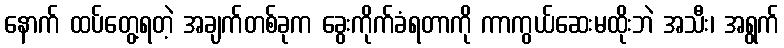
နောက် ထပ်တွေ့ရတဲ့ အချက်တစ်ခုက ခွေးကိုက်ခံရတာကို ကာကွယ်ဆေးမထိုးဘဲ အသီး၊ အရွက်